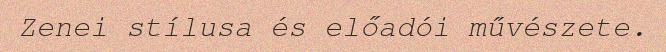
Zenei stílusa és előadói művészete.